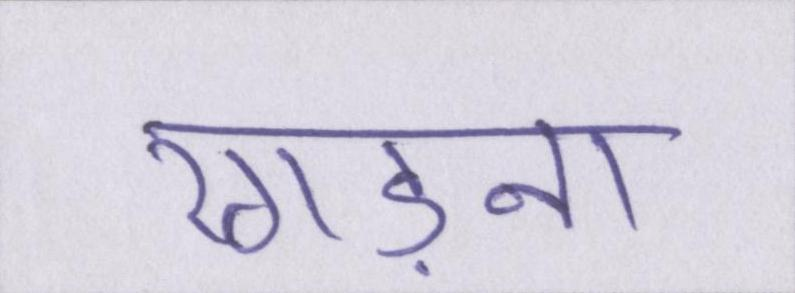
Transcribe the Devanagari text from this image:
रगड़ना